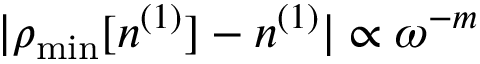
\vert \rho _ { \mathrm { m i n } } [ n ^ { ( 1 ) } ] - n ^ { ( 1 ) } \vert \propto \omega ^ { - m }